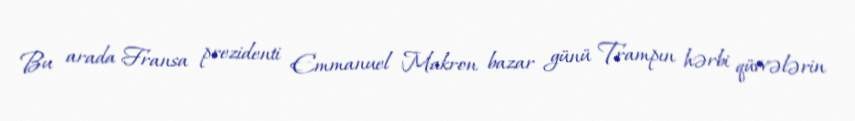
Bu arada Fransa prezidenti Emmanuel Makron bazar günü Trampın hərbi qüvvələrin